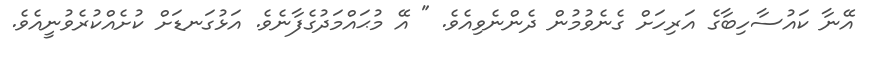
އޭނާ ކައުސާހިބާގެ އަރިހަށް ގެނެވުމުން ދެންނެވިއެވެ. " އޭ މުޙައްމަދުގެފާނެވެ. އަޅުގަނޑަށް ކުށެއްކުރެވުނީއެވެ.